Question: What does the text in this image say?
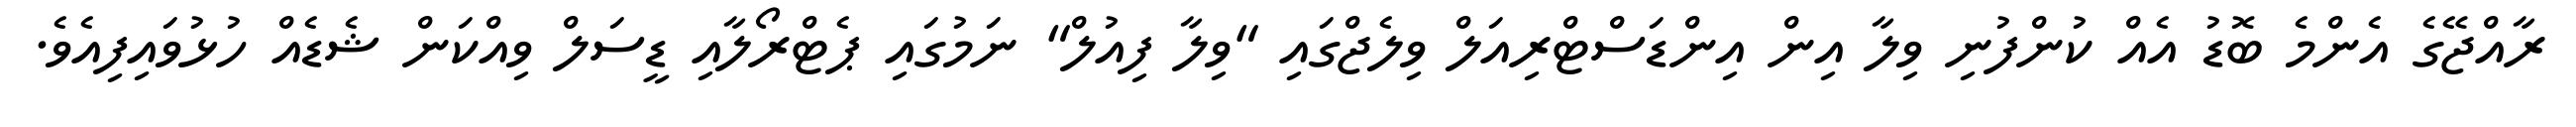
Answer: ރާއްޖޭގެ އެންމެ ބޮޑު އެއް ކުންފުނި ވިލާ އިން އިންޑަސްޓްރިއަލް ވިލެޖްގައި "ވިލާ ފިއުލް" ނަމުގައި ޕެޓްރޯލާއި ޑީސަލް ވިއްކަން ޝެޑެއް ހުޅުވައިފިއެވެ.